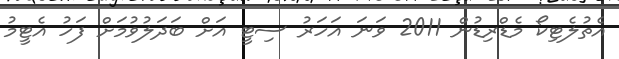
އެތުލެޓިކޯ މެޑްރިޑުން 2011 ވަނަ އަހަރު ސިޓީ އަށް ބަދަލުވުމަށް ފަހު އެޓީމު